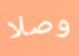
وصلا